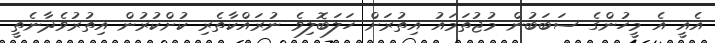
އެއީ އެ މީހުންގެ ސަބަބުން މުޖުތަމައު އިތުރަށް ހަލަބޮލިވެ ނުރައްކާތެރި ކުށްކުރުން އިތުރުވެދާނެތީ